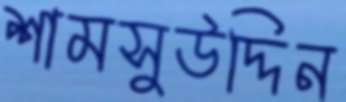
শামসুউদ্দিন